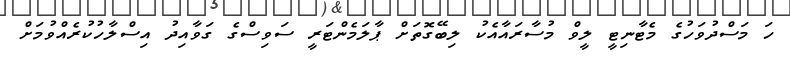
ހަ މަސްދުވަހުގެ މެޓާނިޓީ ލީވް މުސާރައާއެކު ލިބޭގޮތަށް ޕާލަމެންޓަރީ ސަވިސްގެ ގަވާއިދު އިސްލާހުކުރެއްވުމަށް